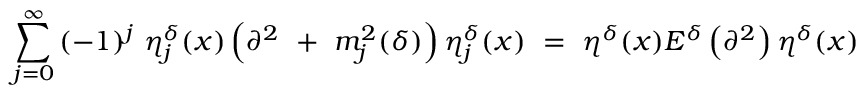
\sum _ { j = 0 } ^ { \infty } { ( - 1 ) ^ { j } } \ { \eta } _ { j } ^ { \delta } ( x ) \left( { \partial } ^ { 2 } \ + \ m _ { j } ^ { 2 } ( \delta ) \right) { \eta } _ { j } ^ { \delta } ( x ) \ = \ \eta ^ { \delta } ( x ) { \cal E } ^ { \delta } \left( { \partial } ^ { 2 } \right) \eta ^ { \delta } ( x )